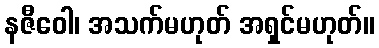
နဇီဝေါ၊ အသက်မဟုတ် အရှင်မဟုတ်။